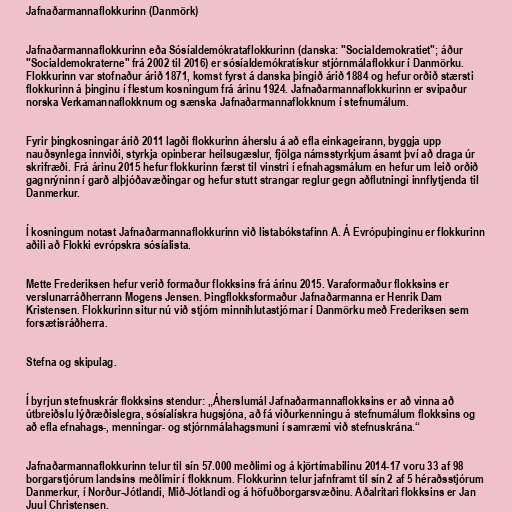
Jafnaðarmannaflokkurinn (Danmörk)

Jafnaðarmannaflokkurinn eða Sósíaldemókrataflokkurinn (danska: "Socialdemokratiet"; áður
"Socialdemokraterne" frá 2002 til 2016) er sósíaldemókratískur stjórnmálaflokkur í Danmörku.
Flokkurinn var stofnaður árið 1871, komst fyrst á danska þingið árið 1884 og hefur orðið stærsti
flokkurinn á þinginu í flestum kosningum frá árinu 1924. Jafnaðarmannaflokkurinn er svipaður
norska Verkamannaflokknum og sænska Jafnaðarmannaflokknum í stefnumálum.

Fyrir þingkosningar árið 2011 lagði flokkurinn áherslu á að efla einkageirann, byggja upp
nauðsynlega innviði, styrkja opinberar heilsugæslur, fjölga námsstyrkjum ásamt því að draga úr
skrifræði. Frá árinu 2015 hefur flokkurinn færst til vinstri í efnahagsmálum en hefur um leið orðið
gagnrýninn í garð alþjóðavæðingar og hefur stutt strangar reglur gegn aðflutningi innflytjenda til
Danmerkur.

Í kosningum notast Jafnaðarmannaflokkurinn við listabókstafinn A. Á Evrópuþinginu er flokkurinn
aðili að Flokki evrópskra sósíalista.

Mette Frederiksen hefur verið formaður flokksins frá árinu 2015. Varaformaður flokksins er
verslunarráðherrann Mogens Jensen. Þingflokksformaður Jafnaðarmanna er Henrik Dam
Kristensen. Flokkurinn situr nú við stjórn minnihlutastjórnar í Danmörku með Frederiksen sem
forsætisráðherra.

Stefna og skipulag.

Í byrjun stefnuskrár flokksins stendur: „Áherslumál Jafnaðarmannaflokksins er að vinna að
útbreiðslu lýðræðislegra, sósíalískra hugsjóna, að fá viðurkenningu á stefnumálum flokksins og
að efla efnahags-, menningar- og stjórnmálahagsmuni í samræmi við stefnuskrána.“

Jafnaðarmannaflokkurinn telur til sín 57.000 meðlimi og á kjörtímabilinu 2014-17 voru 33 af 98
borgarstjórum landsins meðlimir í flokknum. Flokkurinn telur jafnframt til sín 2 af 5 héraðsstjórum
Danmerkur, í Norður-Jótlandi, Mið-Jótlandi og á höfuðborgarsvæðinu. Aðalritari flokksins er Jan
Juul Christensen.